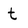
Character: t